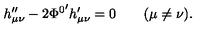
h _ { \mu \nu } ^ { \prime \prime } - 2 { \Phi ^ { 0 } } ^ { \prime } h _ { \mu \nu } ^ { \prime } = 0 \qquad ( \mu \neq \nu ) .